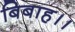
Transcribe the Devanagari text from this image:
बिबाह।।